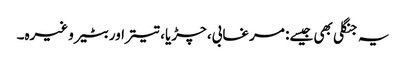
یہ جنگلی بھی جیسے: مرغابی، چڑیا، تیتراور بٹیر وغیرہ۔